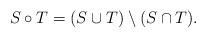
LaTeX: \begin{align*}S\circ T = (S\cup T) \setminus (S \cap T).\end{align*}